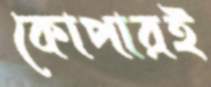
কোপারই